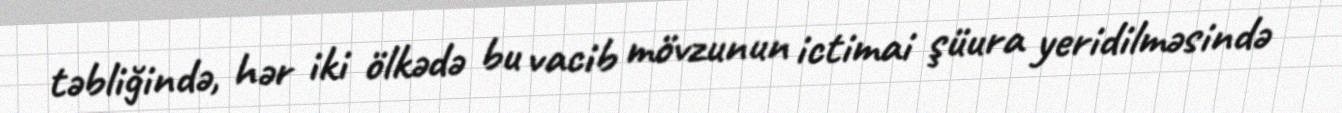
təbliğində, hər iki ölkədə bu vacib mövzunun ictimai şüura yeridilməsində